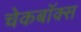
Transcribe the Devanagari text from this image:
चेकबॉक्स